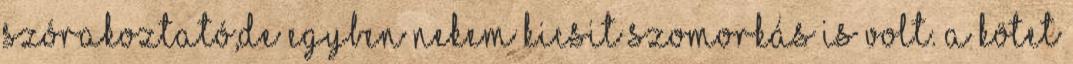
Szórakoztató,de egyben nekem kicsit szomorkás is volt. A kötet